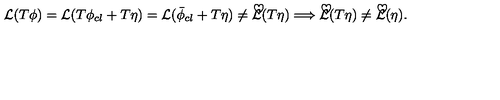
{ \cal { L } } ( T \phi ) = { \cal { L } } ( T \phi _ { c l } + T \eta ) = { \cal { L } } ( \bar { \phi } _ { c l } + T \eta ) \neq { \cal { \tilde { L } } } ( T \eta ) \Longrightarrow { \cal { \tilde { L } } } ( T \eta ) \neq { \cal { \tilde { L } } } ( \eta ) .